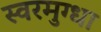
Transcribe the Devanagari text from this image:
स्वरमुग्धा